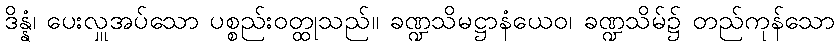
ဒိန္နံ၊ ပေးလှူအပ်သော ပစ္စည်းဝတ္ထုသည်။ ခဏ္ဍသိမဋ္ဌာနံယေဝ၊ ခဏ္ဍသိမ်၌ တည်ကုန်သော